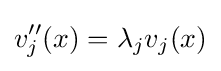
v''_{j}(x)=\lambda _{j}v_{j}(x)